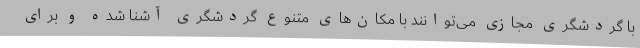
با گردشگری مجازی می‌توانند با مکان‌های متنوع گردشگری آشنا شده و برای